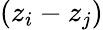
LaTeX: (z_{i}-z_{j})